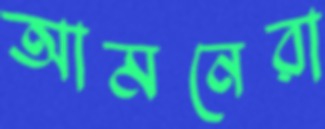
আমনেরা